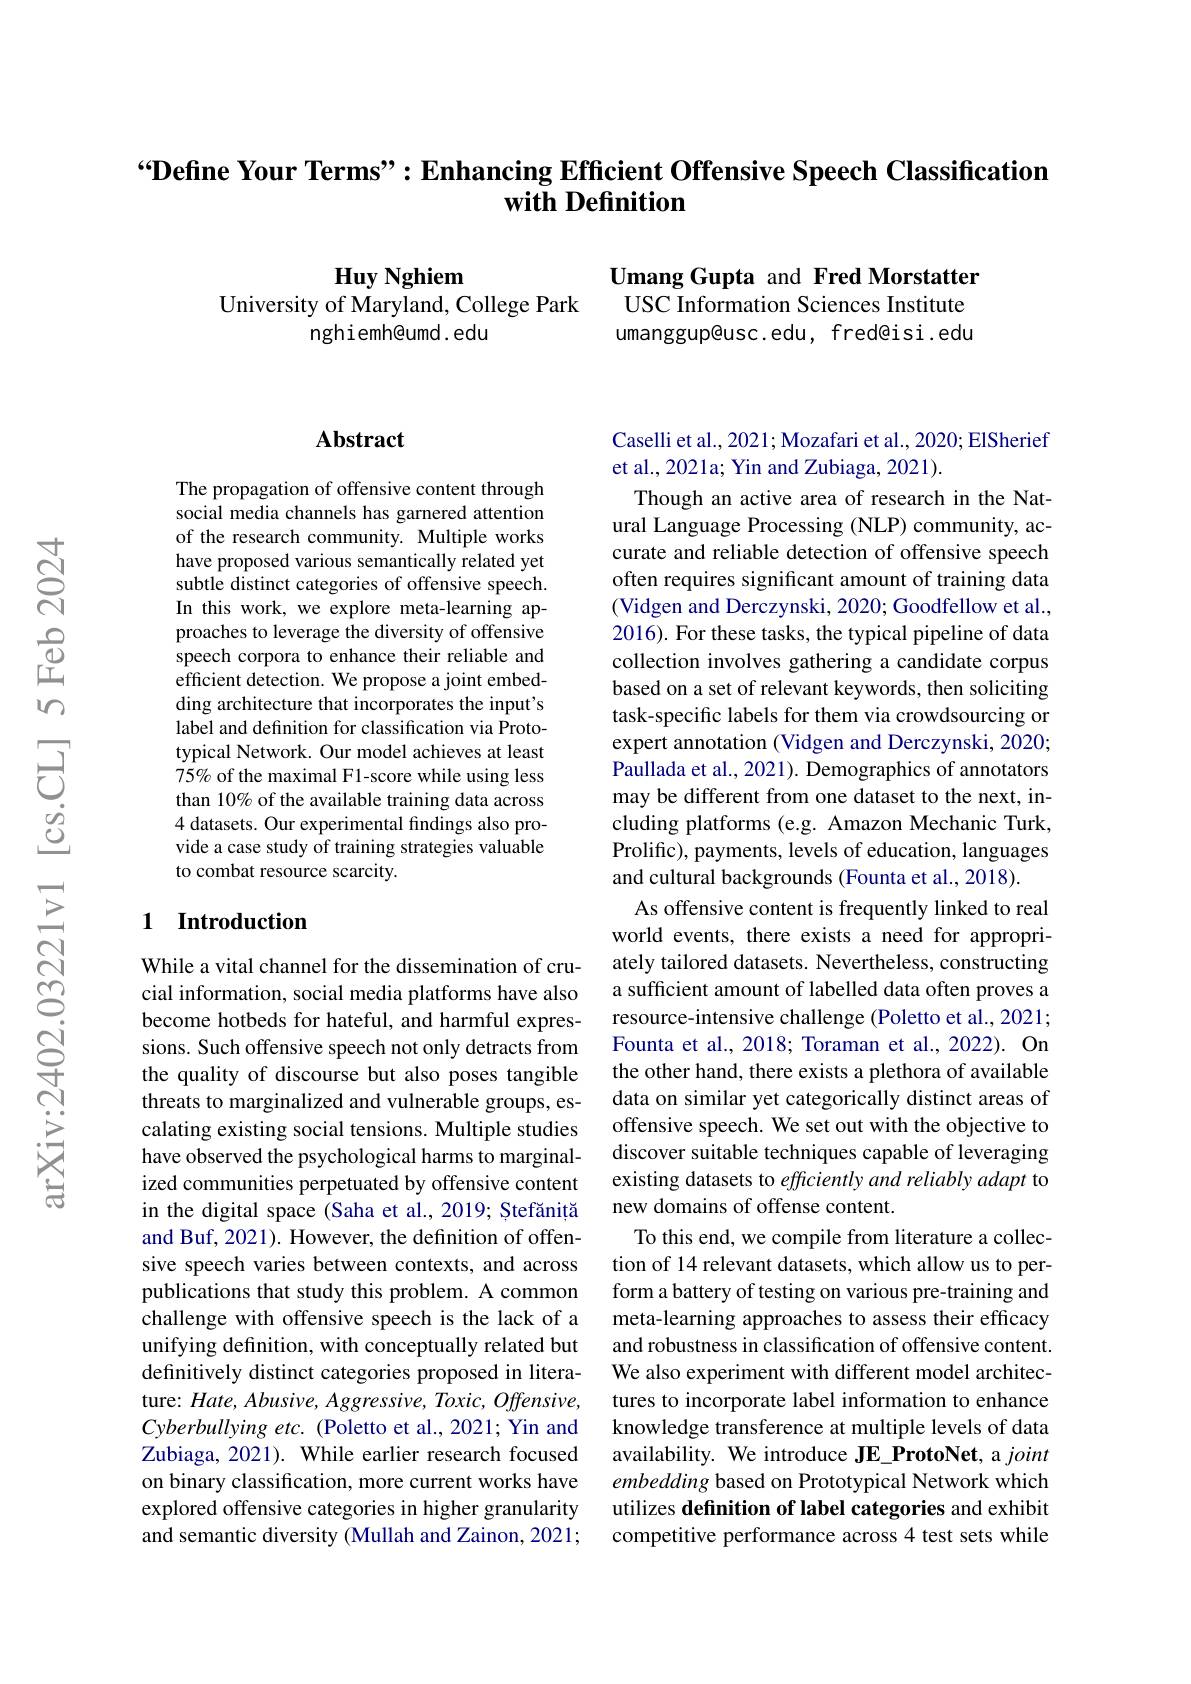
## “Define Your Terms”: Enhancing Efficient Offensive Speech Classification with Definition

Umang Gupta and Fred Morstatter USC Information Sciences Institute umanggup@usc.edu, fred@isi.edu

Huy Nghiem
University of Maryland, College Park
nghiemh@umd. edu

## Abstract

The propagation of offensive content through social media channels has garnered attention of the research community. Multiple works have proposed various semantically related yet subtle distinct categories of offensive speech. In this work, we explore meta-learning approaches to leverage the diversity of offensive speech corpora to enhance their reliable and efficient detection. We propose a joint embedding architecture that incorporates the input's label and definition for classification via Prototypical Network. Our model achieves at least 75% of the maximal F1-score while using less than 10% of the available training data across 4 datasets. Our experimental findings also provide a case study of training strategies valuable to combat resource scarcity.

## 1 Introduction

While a vital channel for the dissemination of crucial information, social media platforms have also become hotbeds for hateful, and harmful expressions. Such offensive speech not only detracts from the quality of discourse but also poses tangible threats to marginalized and vulnerable groups, escalating existing social tensions. Multiple studies have observed the psychological harms to marginalized communities perpetuated by offensive content in the digital space (Saha et al., 2019; Ștefăniță and Buf, 2021). However, the definition of offensive speech varies between contexts, and across publications that study this problem. A common challenge with offensive speech is the lack of a unifying definition, with conceptually related but definitively distinct categories proposed in literature: $Hate,Abusive,Aggressive,Toxic,Offensive$, Cyberbullying etc. (Poletto et al., 2021; Yin and Zubiaga, 2021). While earlier research focused on binary classification, more current works have explored offensive categories in higher granularity and semantic diversity (Mullah and Zainon, 2021;

Caselli et al., 2021; Mozafari et al., 2020; ElSherief
et al., 2021a; Yin and Zubiaga, 2021).

Though an active area of research in the Natural Language Processing (NLP) community, accurate and reliable detection of offensive speech often requires significant amount of training data (Vidgen and Derczynski, 2020; Goodfellow et al., 2016). For these tasks, the typical pipeline of data collection involves gathering a candidate corpus based on a set of relevant keywords, then soliciting task-specific labels for them via crowdsourcing or expert annotation (Vidgen and Derczynski, 2020; Paullada et al., 2021). Demographics of annotators may be different from one dataset to the next, including platforms (e.g. Amazon Mechanic Turk, Prolific), payments, levels of education, languages and cultural backgrounds (Founta et al., 2018).
As offensive content is frequently linked to real world events, there exists a need for appropriately tailored datasets. Nevertheless, constructing a sufficient amount of labelled data often proves a resource-intensive challenge (Poletto et al., 2021; Founta et al., 2018; Toraman et al., 2022). On the other hand, there exists a plethora of available data on similar yet categorically distinct areas of offensive speech. We set out with the objective to discover suitable techniques capable of leveraging existing datasets to efficiently and reliably adapt to new domains of offense content.
To this end, we compile from literature a collection of 14 relevant datasets, which allow us to perform a battery of testing on various pre-training and meta-learning approaches to assess their efficacy and robustness in classification of offensive content. We also experiment with different model architectures to incorporate label information to enhance knowledge transference at multiple levels of data availability. We introduce JE\_ProtoNet, a joint embedding based on Prototypical Network which utilizes definition of label categories and exhibit competitive performance across 4 test sets while